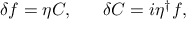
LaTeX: \delta f = \eta C , ~ ~ ~ ~ ~ \delta C = i \eta ^ { \dag } f ,